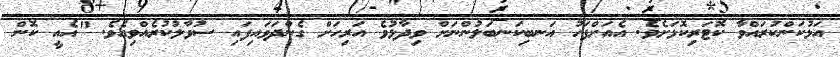
އަޅުކަންކުރައްވާ ކޮޓަރިކޮޅަށެވެ. އެއަށްފަހު އަނބިކަނބަލުންނަށް ވިދާޅުވެ އަރިހަށް ގެންދަވައިފައި ސުވާލުކުރެއްވިއެވެ. "އެއީ ކޮން